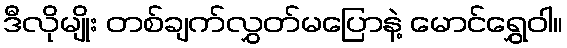
ဒီလိုမျိုး တစ်ချက်လွှတ်မပြောနဲ့ မောင်ရွှေဝါ။